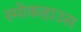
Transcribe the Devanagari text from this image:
स्मोकहाउस